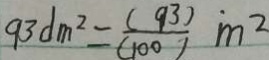
9 3 d m ^ { 2 } = \frac { ( 9 3 ) } { ( 1 0 0 ) } m ^ { 2 }